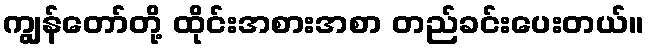
ကျွန်တော်တို့ ထိုင်းအစားအစာ တည်ခင်းပေးတယ်။